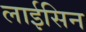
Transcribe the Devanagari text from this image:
लाईसिन